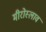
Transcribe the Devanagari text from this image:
मीरोस्लाव